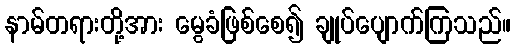
နာမ်တရားတို့အား မွေခံဖြစ်စေ၍ ချုပ်ပျောက်ကြသည်။